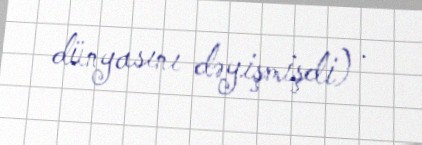
dünyasını dəyişmişdi) .